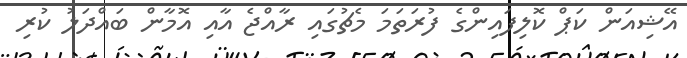
އޭޝިއަން ކަޕް ކޮލިފައިންގެ ފުރަތަމަ މެޗުގައި ރާއްޖެ އާއި އޮމާން ބައްދަލު ކުރި